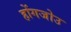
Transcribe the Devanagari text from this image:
होंगजोउ